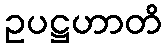
ဥပဋ္ဌဟာတိ